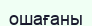
ошағаны